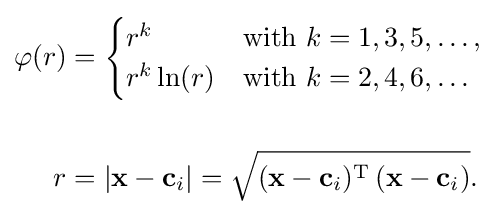
{\begin{aligned}\varphi (r)&={\begin{cases}r^{k}&{\text{with }}k=1,3,5,\ldots ,\\r^{k}\ln(r)&{\text{with }}k=2,4,6,\ldots \end{cases}}\\[5mm]r&=|\mathbf {x} -\mathbf {c} _{i}|={\sqrt {(\mathbf {x} -\mathbf {c} _{i})^{\mathrm {T} }\,(\mathbf {x} -\mathbf {c} _{i})}}.\end{aligned}}